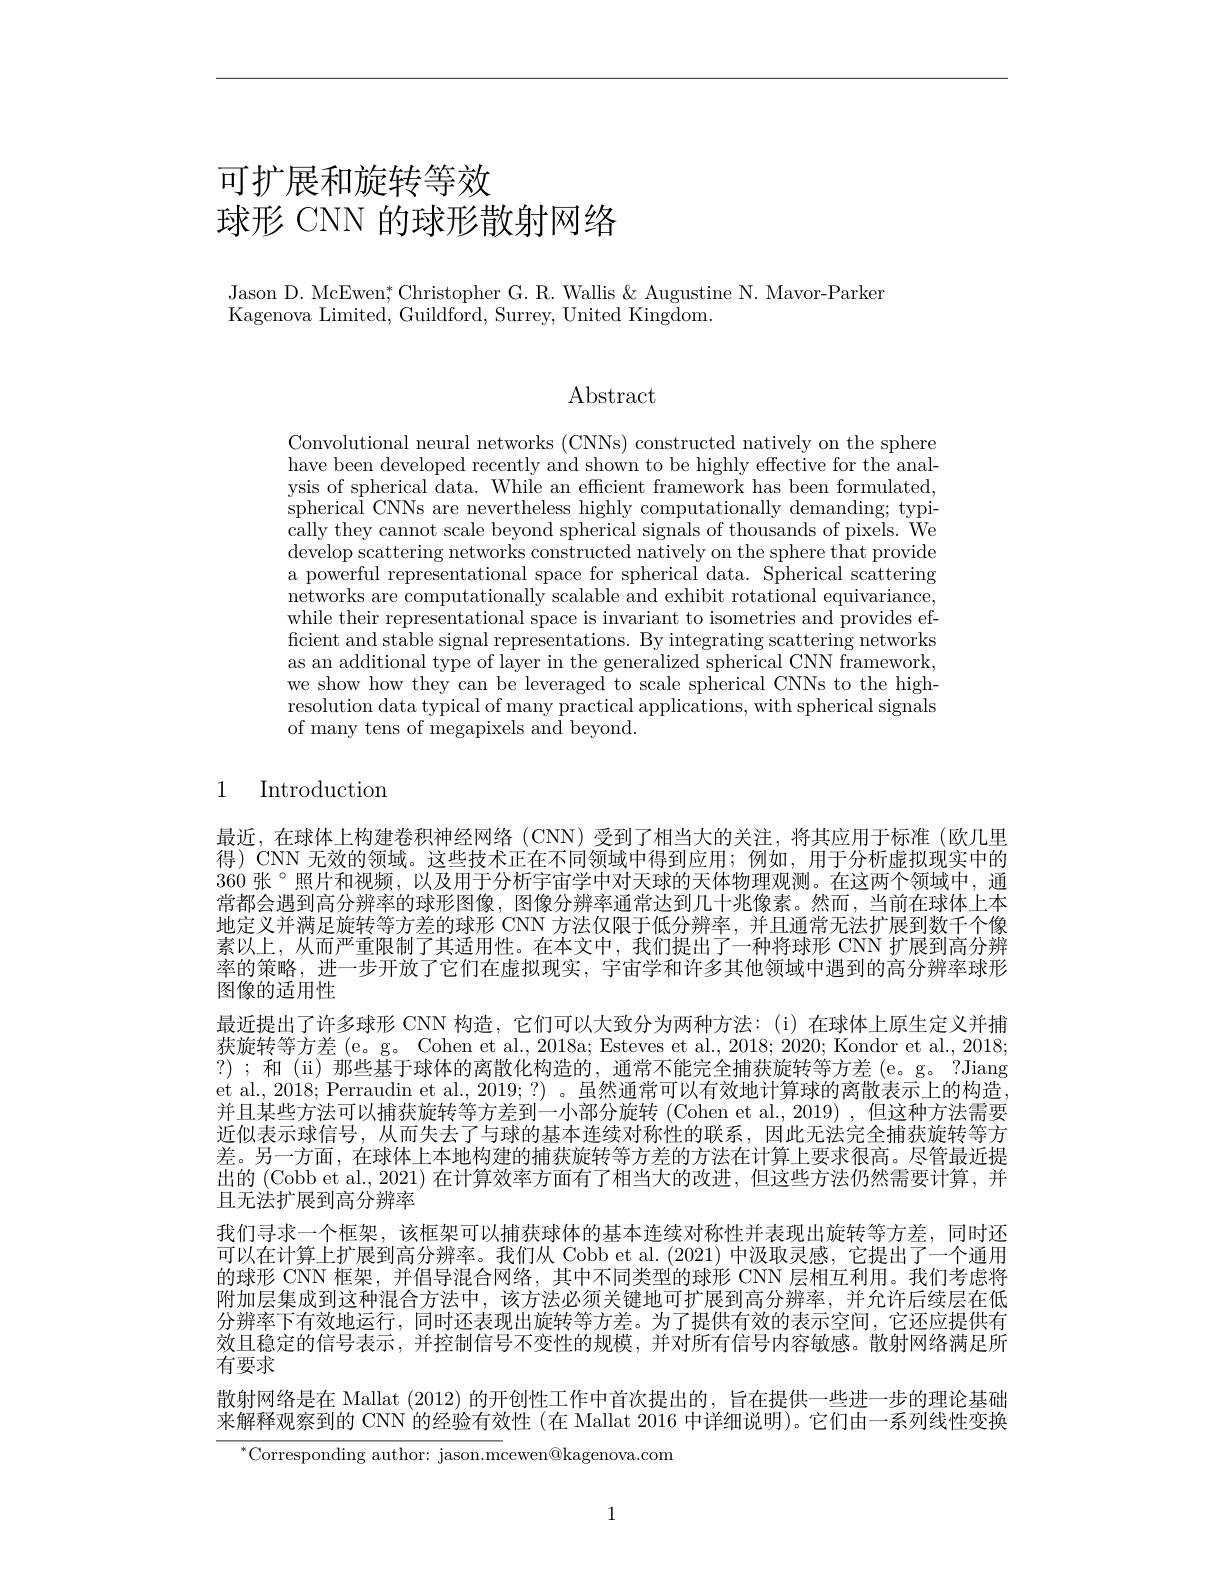
# 可扩展和旋转等效球形 CNN 的球形散射网络

Jason D. McEwen; Christopher G. R. Wallis & Augustine N. Mavor-Parker
Kagenova Limited, Guildford, Surrey, United Kingdom.

## Abstract

Convolutional neural networks (CNNs) constructed natively on the sphere have been developed recently and shown to be highly effective for the analysis of spherical data. While an efficient framework has been formulated, spherical CNNs are nevertheless highly computationally demanding; typi- $\dot{\text{cally they cannot scale beyond spherical signals of thousands of pixels. We}}$ develop scattering networks constructed natively on the sphere that provide a powerful representational space for spherical data. Spherical scattering networks are computationally scalable and exhibit rotational equivariance, while their representational space is invariant to isometries and provides efficient and stable signal representations. By integrating scattering networks as an additional type of layer in the generalized spherical CNN framework, we show how they can be leveraged to scale spherical CNNs to the highresolution data typical of many practical applications, with spherical signals of many tens of megapixels and beyond.

1 Introduction

最近，在球体上构建卷积神经网络(CNN)受到了相当大的关注，将其应用于标准(欧几里得) CNN 无效的领域。这些技术正在不同领域中得到应用；例如，用于分析虚拟现实中的360 张 °照片和视频，以及用于分析宇宙学中对天球的天体物理观测。在这两个领域中，通常都会遇到高分辨率的球形图像，图像分辨率通常达到几十兆像素。然而，当前在球体上本地定义并满足旋转等方差的球形 CNN 方法仅限于低分辨率，并且通常无法扩展到数千个像素以上，从而严重限制了其适用性。在本文中，我们提出了一种将球形 CNN 扩展到高分辨率的策略，进一步开放了它们在虚拟现实，宇宙学和许多其他领域中遇到的高分辨率球形图像的适用性
最近提出了许多球形 CNN 构造，它们可以大致分为两种方法：(i) 在球体上原生定义并捕获旋转等方差 (e。g。Cohen et al., 2018a; Esteves et al., 2018; 2020; Kondor et al., 2018; ?) ;和 (ii)那些基于球体的离散化构造的，通常不能完全捕获旋转等方差 (e。g。?Jiang et al., 2018; Perraudin et al., 2019;?) 。虽然通常可以有效地计算球的离散表示上的构造并且某些方法可以捕获旋转等方差到一小部分旋转 (Cohen et al.,2019) ,但这种方法需要近似表示球信号，从而失去了与球的基本连续对称性的联系，因此无法完全捕获旋转等方差。另一方面，在球体上本地构建的捕获旋转等方差的方法在计算上要求很高。尽管最近提出的 (Cobb et al., 2021) 在计算效率方面有了相当大的改进，但这些方法仍然需要计算，并且无法扩展到高分辨率
我们寻求一个框架，该框架可以捕获球体的基本连续对称性并表现出旋转等方差，同时还可以在计算上扩展到高分辨率。我们从 Cobb et al.(2021) 中汲取灵感，它提出了一个通用的球形 CNN 框架，并倡导混合网络，其中不同类型的球形 CNN 层相互利用。我们考虑将附加层集成到这种混合方法中，该方法必须关键地可扩展到高分辨率，并允许后续层在低分辨率下有效地运行，同时还表现出旋转等方差。为了提供有效的表示空间，它还应提供有效且稳定的信号表示，并控制信号不变性的规模，并对所有信号内容敏感。散射网络满足所有要求
散射网络是在 Mallat (2012) 的开创性工作中首次提出的，旨在提供一些进一步的理论基础来解释观察到的 CNN 的经验有效性 (在 Mallat 2016 中详细说明)。它们由一系列线性变换
$^{*}$Corresponding author: jason.mcewen@kagenova.com

1